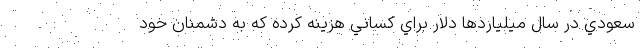
سعودي در سال ميلياردها دلار براي كساني هزينه كرده كه به دشمنان خود